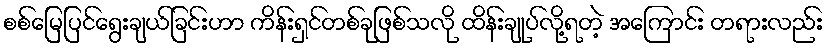
စစ်မြေပြင်ရွေးချယ်ခြင်းဟာ ကိန်းရှင်တစ်ခုဖြစ်သလို ထိန်းချုပ်လို့ရတဲ့ အကြောင်း တရားလည်း